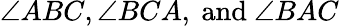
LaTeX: \angle ABC,\angle BCA,{\mathrm{~and~}}\angle BAC